Insane asylums Bombay 1873-77 - 1873-1877
Year: 1873
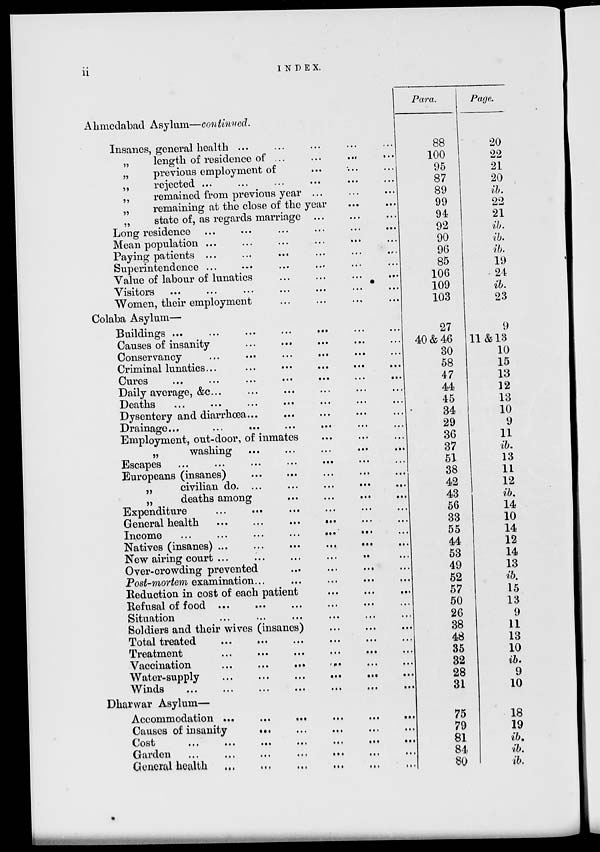
ii
INDEX.
Ahmedabad Asylum—continued.
Insanes, general health ...
„
length of residence of ... ... ...
...
„
previous employment of ... ... ... ...
„
rejected ... ... ... ... ...
„
remained from previous year ... ... ... ...
„
remaining at the close of the year ... ...
„
state of, as regards marriage ... ... ... ...
Long residence ... ... ... ... ... ...
Mean population ... ... ... ... ... ...
Paying patients ... ... ... ... ... ...
Superintendence ... ... ... ... .... ... ...
Value of labour of lunatics ... ... ... ... ...
Visitors ... ... ... ... ...
Women, their employment ... ... ... ... ...
Colaba Asylum—
Buildings ...
...
...
... ... ...
Causes of insanity ... ... ... ... ... ...
Conservancy
...
...
... ... ... ...
Criminal lunatics... ... ... ... ...
Cures ... ... ... ... ... ... ...
Daily average, &c... ... ... ... ... ... ...
Deaths ... ... ... ... ... ... ...
Dysentery and diarrhœa... ... ... ... ... ...
Drainage...
...
...
... ... ...
Employment, out-door, of inmates ... ... ...
„
washing
...
...
...
...
...
Escapes
...
...
...
...
...
Europeans (insanes) ... ... ... ... ... ...
„
civilian do. ... ... ... ... ... ...
„
deaths among
Expenditure ... ... ... ... ... ...
General health
...
...
... ... ... ...
Income
...
...
...
...
...
...
Natives (insanes) ...
...
...
...
...
New airing court ... ... ...
Over-crowding prevented ... ... ... ... ... ...
Post-mortem examination... ... ... ... ... ...
Reduction in cost of each patient ... ... ... ...
Refusal of food ... ... ... ... ... ... ...
Situation ... ... ... ... .... ...
Soldiers and their wives (insanes) ... ... ... ... ... ...
Total treated ... ... ... ... ... ...
Treatment ... ... ... ... ... ...
Vaccination
...
...
...
...
Water-supply
...
...
Winds
...
...
...
...
...
...
...
Dharwar Asylum—
Accommodation ...
...
...
...
...
...
Causes of insanity
cost
...
...
...
...
...
...
...
Garden
...
...
...
...
...
...
...
General health
Para.
88
100
95
87
89
99
94
92
90
96
85
106
109
103
27
40 & 46
30
58
47
44
45
34
29
36
37
51
38
42
43
56
33
55
44
53
49
52
57
50
26
38
48
35
32
28
31
75
79
81
84
80
Page.
20
22
21
20
ib.
22
21
ib.
ib.
ib.
19
24
ib.
23
9
11 & 13
10
15
13
12
13
10
9
11
ib.
13
11
12
ib.
14
10
14
12
14
13
ib.
15
13
9
11
13
10
ib.
9
10
18
19
ib.
ib.
ib.